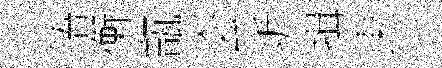
浯衡甑会圻揖東